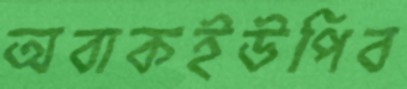
অবাকইউপিব